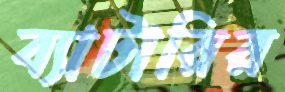
ব্যাটারির